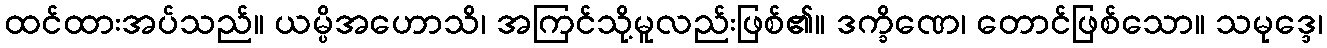
ထင်ထားအပ်သည်။ ယမ္ပိအဟောသိ၊ အကြင်သို့မူလည်းဖြစ်၏။ ဒက္ခိဏေ၊ တောင်ဖြစ်သော။ သမုဒ္ဒေ၊